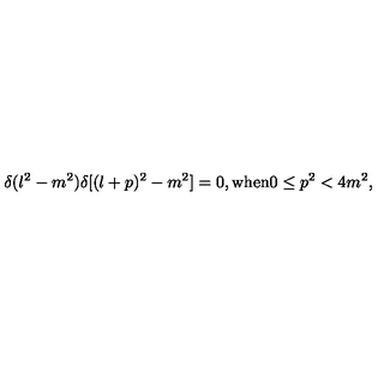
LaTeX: \delta ( l ^ { 2 } - m ^ { 2 } ) \delta [ ( l + p ) ^ { 2 } - m ^ { 2 } ] = 0 , \mathrm { w h e n } 0 \leq p ^ { 2 } < 4 m ^ { 2 } ,